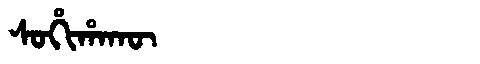
Manchu: ᠰᠣᡥᡳᡥᠠᡴᡡ
Romanization: SOHIHAKŪ